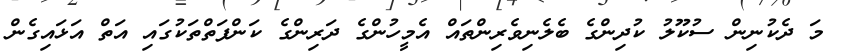
މަ ދެކުނިން ސުކޫލު ކުދިންގެ ބެލެނިވެރިންތައް އެމީހުންގެ ދަރިންގެ ކަންފަތްތަކުގައި އަތް އަޅައިގެން